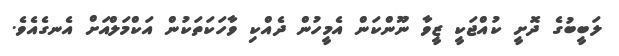
ލަބީބުގެ ދޮށީ ކުއްޖަކީ ޒީވާ ނޫންކަން އެމީހުން ދެއްކި ވާހަކަތަކުން އަކްމަލްއަށް އެނގެއެވެ.